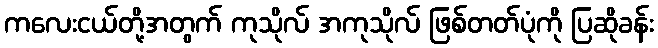
ကလေးငယ်တို့အတွက် ကုသိုလ် အကုသိုလ် ဖြစ်တတ်ပုံကို ပြဆိုခန်း